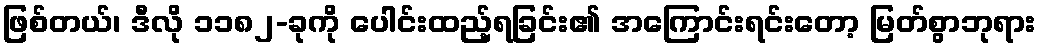
ဖြစ်တယ်၊ ဒီလို ၁၁၈၂-ခုကို ပေါင်းထည့်ရခြင်း၏ အကြောင်းရင်းတော့ မြတ်စွာဘုရား